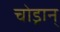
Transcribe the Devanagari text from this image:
चोड्रान्‌